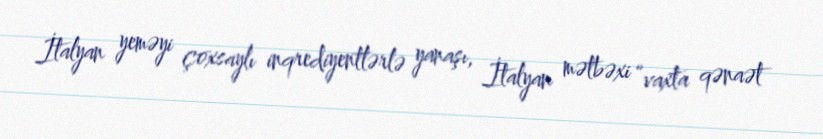
İtalyan yeməyi çoxsaylı inqrediyentlərlə yanaşı, İtalyan mətbəxi “vaxta qənaət